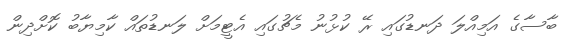
ބާސާގެ އަމިއްލަ ދަނޑުގައި ރޭ ކުޅުނު މެޗުގައި އެޓީމަށް ލަނޑުތައް ކާމިޔާބު ކޮށްދިން